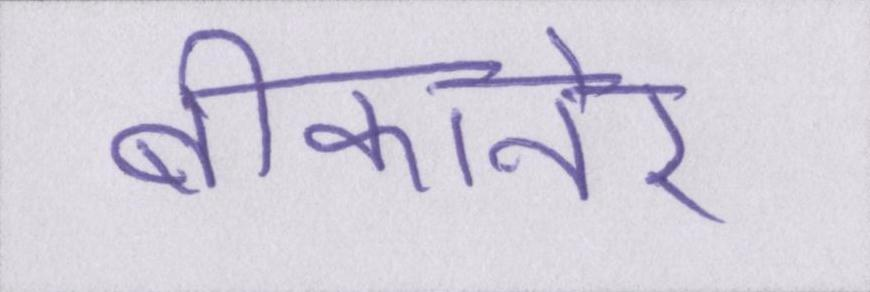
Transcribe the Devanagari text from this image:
बीकानेर